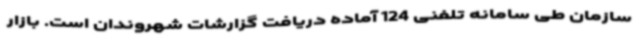
سازمان طی سامانه تلفنی 124 آماده دریافت گزارشات شهروندان است. بازار